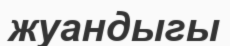
жуандыгы